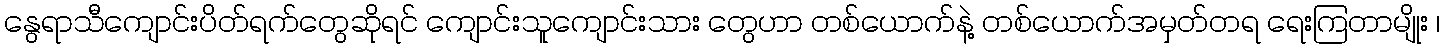
နွေရာသီကျောင်းပိတ်ရက်တွေဆိုရင် ကျောင်းသူကျောင်းသား တွေဟာ တစ်ယောက်နဲ့ တစ်ယောက်အမှတ်တရ ရေးကြတာမျိုး ၊